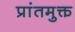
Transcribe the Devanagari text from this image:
प्रांतमुक्त